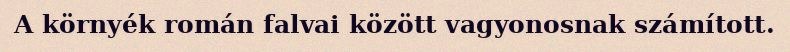
A környék román falvai között vagyonosnak számított.